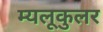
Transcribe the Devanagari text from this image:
म्यलूकुलर